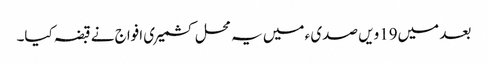
بعد میں19ویں صدی ء میں یہ محل کشمیری افواج نے قبضہ کیا۔